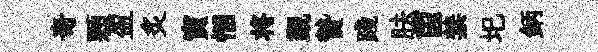
奇顆盈炙寅悃将覲贄踐胠茵禁圯鈵